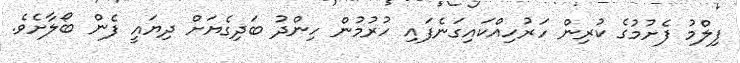
ފިލްމު ފެށުމުގެ ކުރިން ހަރުހިއްކައިގަނެފައި ހުރުމުން ހިންދު ބަދިގެޔަށް ދިޔައީ ފެން ބޯލާށެވެ.